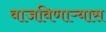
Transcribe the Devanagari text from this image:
वाजविणाऱ्यास